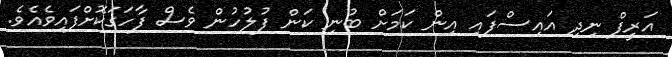
އަރީފް ނިދި އައިސްފައި އިން ކަމަށް ބުނި ކަން ފުލުހުން ވެސް ފާހަގަކޮށްފައިވެއެވެ.